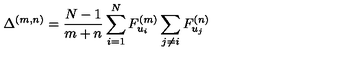
\Delta ^ { ( m , n ) } = \frac { N - 1 } { m + n } \sum _ { i = 1 } ^ { N } F _ { u _ { i } } ^ { ( m ) } \sum _ { j \neq i } F _ { u _ { j } } ^ { ( n ) }